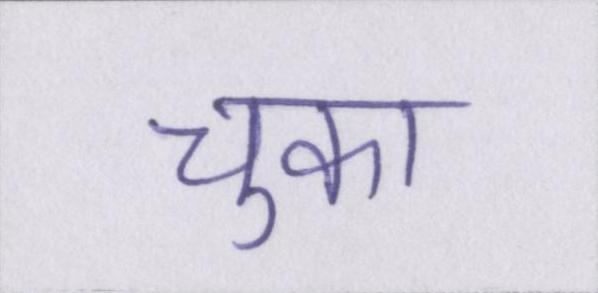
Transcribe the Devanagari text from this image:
चुका